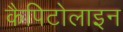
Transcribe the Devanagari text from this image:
कैपिटोलाइन